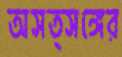
অসত্সঙ্গের